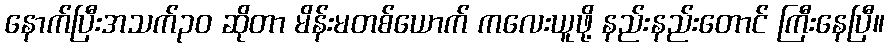
နောက်ပြီးအသက်၃၀ ဆိုတာ မိန်းမတစ်ယောက် ကလေးယူဖို့ နည်းနည်းတောင် ကြီးနေပြီ။